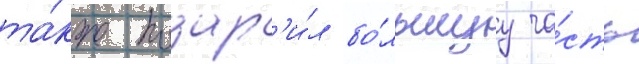
та́кже подар'и́л бо́льшуу ча́сть